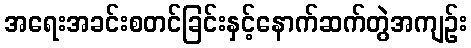
အရေးအခင်းစတင်ခြင်းနှင့်နောက်ဆက်တွဲအကျဉ်း